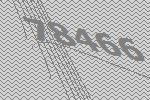
78466